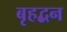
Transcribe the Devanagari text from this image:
बृहद्बन